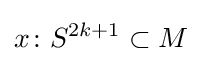
x\colon S^{2k+1}\subset M